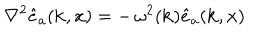
LaTeX: \nabla ^ { 2 } \hat { e } _ { a } ( { \bf k } , { \bf x } ) = - \, \omega ^ { 2 } ( { \bf k } ) \hat { e } _ { a } ( { \bf k } , { \bf x } )